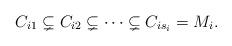
LaTeX: \begin{align*} C_{i1}\subsetneq C_{i2}\subsetneq\cdots\subsetneq C_{is_i}=M_i.\end{align*}